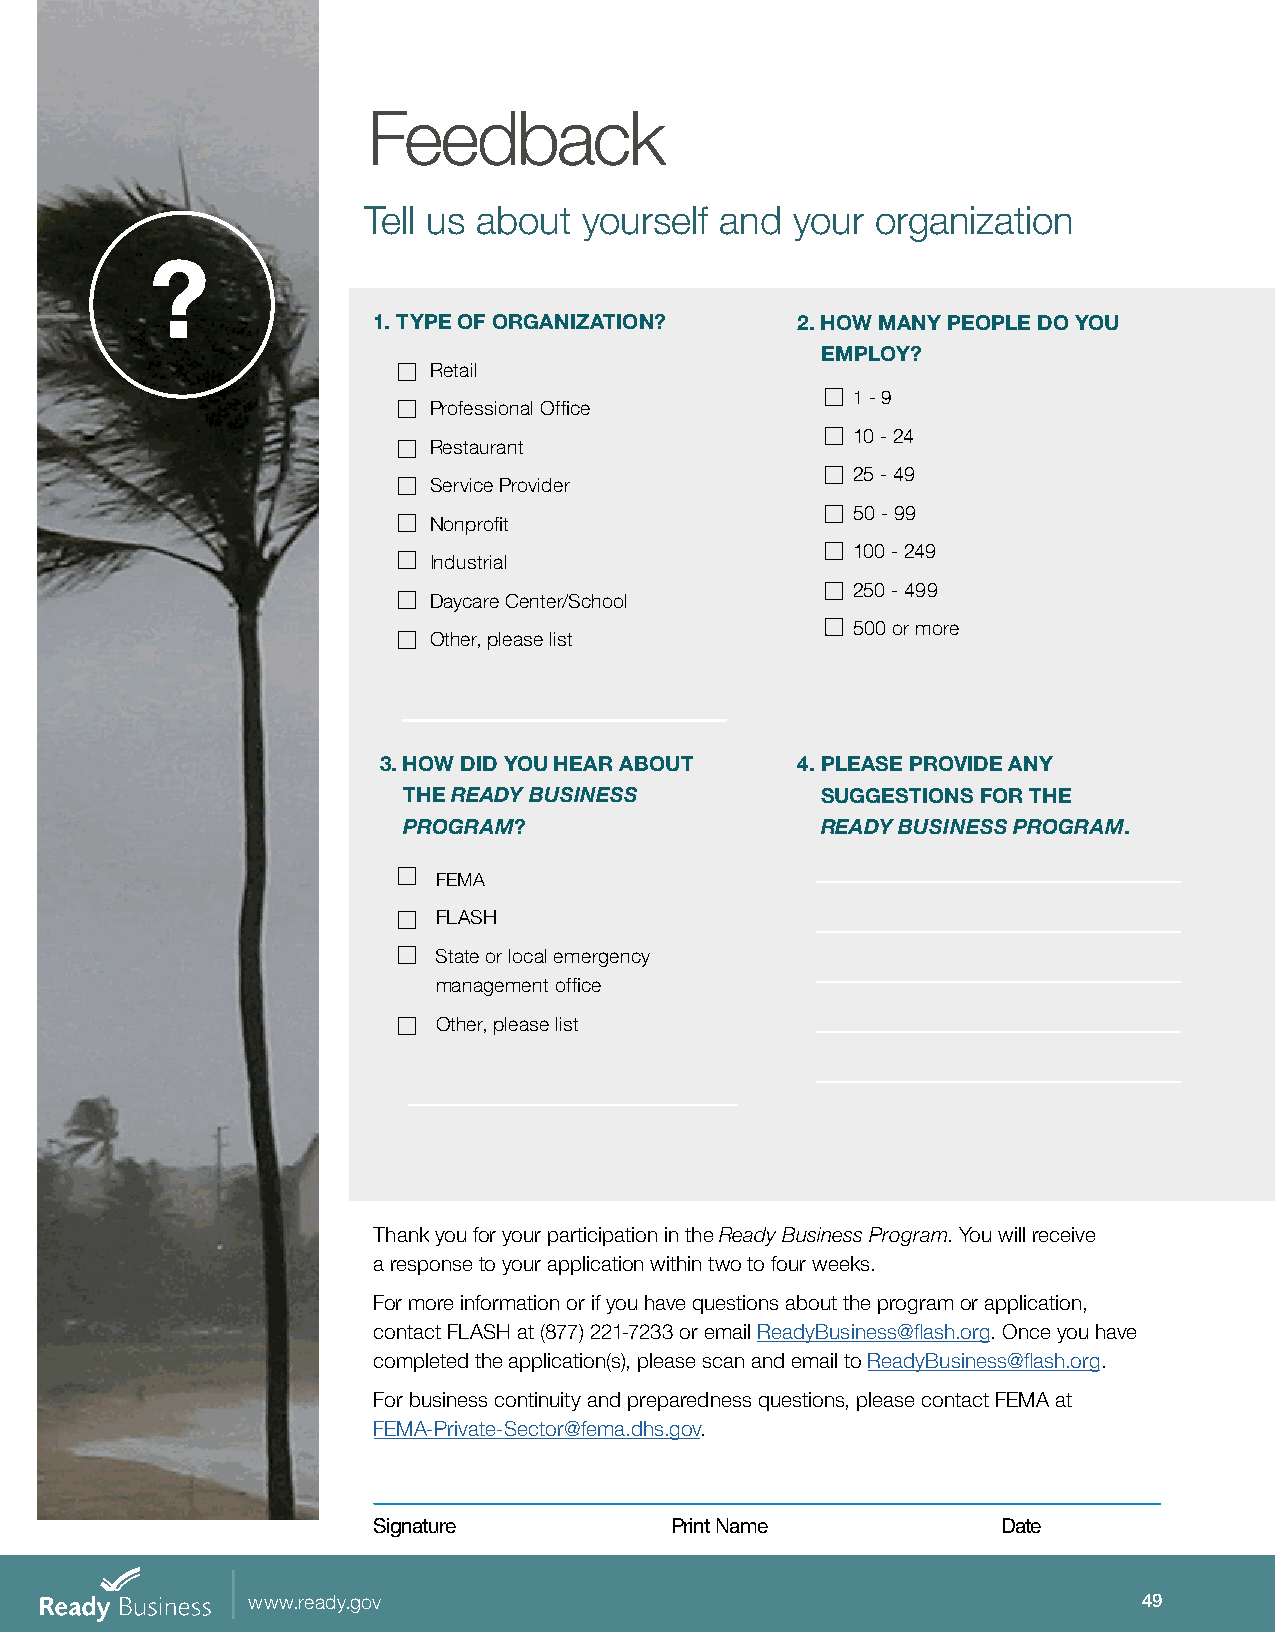
Feedback
 Tell us about  yourself and  your organization
 ?
 1. TYPE OF ORGANIZATION?    2. H OW MANY PEOPLE DO YOU
 EMPLOY?
 Retail
 1 - 9
 Professional Office
 10 - 24
 Restaurant
 25 - 49
 Service Provider
 50 - 99
 Nonprofit
 100 - 249
 Industrial
 250 - 499
 Daycare Center/School
 500 or more
 Other, please list
 3. H OW DID YOU HEAR ABOUT  4. P LEASE PROVIDE ANY
 THE READY BUSINESS         SUGGESTIONS FOR THE
 PROGRAM?                   READY BUSINESS PROGRAM.
 FEMA
 FLASH
 State or local emergency
 management office
 Other, please list
 Thank you for your participation in the Ready Business Program. You will receive
 a response to your application within two to four weeks.
 For more information or if you have questions about the program or application,
 contact FLASH at (877) 221-7233 or email ReadyBusiness@flash.org. Once you have
 completed the application(s), please scan and email to ReadyBusiness@flash.org.
 For business continuity and preparedness questions, please contact FEMA at
 FEMA-Private-Sector@fema.dhs.gov.
 Signature          Print Name            Date
 www.ready.gov                                               49